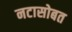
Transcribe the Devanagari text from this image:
नटासोबत